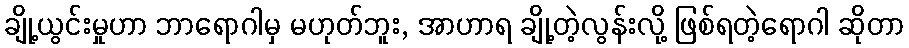
ချို့ယွင်းမှုဟာ ဘာရောဂါမှ မဟုတ်ဘူး, အာဟာရ ချို့တဲ့လွန်းလို့ ဖြစ်ရတဲ့ရောဂါ ဆိုတာ